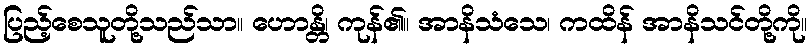
ပြည့်စေသူတို့သည်သာ။ ဟောန္တိ၊ ကုန်၏။ အာနိသံသေ၊ ကထိန် အာနိသင်တို့ကို။